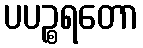
ပပဉ္စရတော